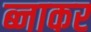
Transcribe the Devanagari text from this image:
ब्नाकर